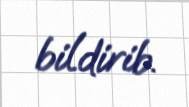
bildirib.